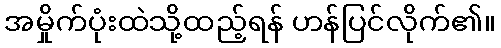
အမှိုက်ပုံးထဲသို့ထည့်ရန် ဟန်ပြင်လိုက်၏။